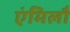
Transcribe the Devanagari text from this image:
एंमिलौ